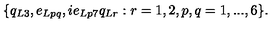
\{ q _ { L 3 } , e _ { L p q } , i e _ { L p 7 } q _ { L r } : r = 1 , 2 , p , q = 1 , . . . , 6 \} .